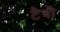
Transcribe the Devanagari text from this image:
टैबी